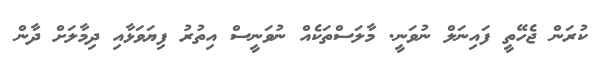
ކުރަން ޖެހޭތީ ފައިނަލް ނުވަނީ. މާލަސްތަކެއް ނުވަނީސް އިތުރު ފިޔަވަޅާއި ދިމާލަށް ދާން